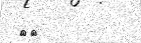
٢٠